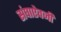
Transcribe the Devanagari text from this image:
संघाऐवजी